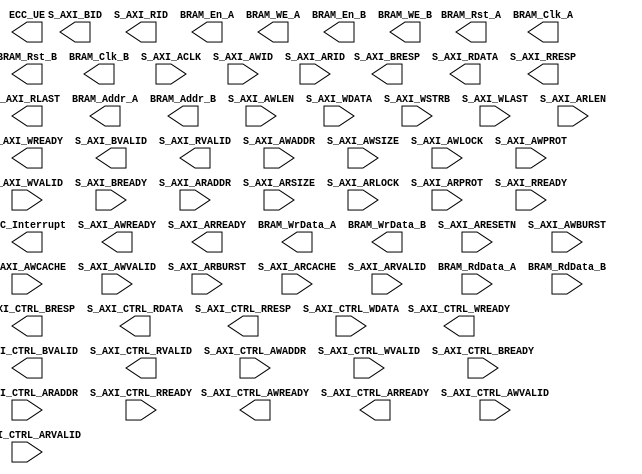
// axi_bram_ctrl.v --- 
// 
// Description: 
// Maintainer: 
// Version: 
// Last-Updated: 
//           By: 
//     Update #: 0
// URL: 
// Keywords: 
// Compatibility: 
// 
// 

// Commentary: 
// 
// 
// 
// 

// Change log:
// 
// 
// 

// -------------------------------------
// Naming Conventions:
// 	active low signals                 : "*_n"
// 	clock signals                      : "clk", "clk_div#", "clk_#x"
// 	reset signals                      : "rst", "rst_n"
// 	generics                           : "C_*"
// 	user defined types                 : "*_TYPE"
// 	state machine next state           : "*_ns"
// 	state machine current state        : "*_cs"
// 	combinatorial signals              : "*_com"
// 	pipelined or register delay signals: "*_d#"
// 	counter signals                    : "*cnt*"
// 	clock enable signals               : "*_ce"
// 	internal version of output port    : "*_i"
// 	device pins                        : "*_pin"
// 	ports                              : - Names begin with Uppercase
// Code:
module axi_bram_ctrl (/*AUTOARG*/
   // Outputs
   ECC_Interrupt, ECC_UE, S_AXI_AWREADY, S_AXI_WREADY, S_AXI_BID,
   S_AXI_BRESP, S_AXI_BVALID, S_AXI_ARREADY, S_AXI_RID, S_AXI_RDATA,
   S_AXI_RRESP, S_AXI_RLAST, S_AXI_RVALID, S_AXI_CTRL_AWREADY,
   S_AXI_CTRL_WREADY, S_AXI_CTRL_BRESP, S_AXI_CTRL_BVALID,
   S_AXI_CTRL_ARREADY, S_AXI_CTRL_RDATA, S_AXI_CTRL_RRESP,
   S_AXI_CTRL_RVALID, BRAM_Rst_A, BRAM_Clk_A, BRAM_En_A, BRAM_WE_A,
   BRAM_Addr_A, BRAM_WrData_A, BRAM_Rst_B, BRAM_Clk_B, BRAM_En_B,
   BRAM_WE_B, BRAM_Addr_B, BRAM_WrData_B,
   // Inputs
   S_AXI_ACLK, S_AXI_ARESETN, S_AXI_AWID, S_AXI_AWADDR, S_AXI_AWLEN,
   S_AXI_AWSIZE, S_AXI_AWBURST, S_AXI_AWLOCK, S_AXI_AWCACHE,
   S_AXI_AWPROT, S_AXI_AWVALID, S_AXI_WDATA, S_AXI_WSTRB, S_AXI_WLAST,
   S_AXI_WVALID, S_AXI_BREADY, S_AXI_ARID, S_AXI_ARADDR, S_AXI_ARLEN,
   S_AXI_ARSIZE, S_AXI_ARBURST, S_AXI_ARLOCK, S_AXI_ARCACHE,
   S_AXI_ARPROT, S_AXI_ARVALID, S_AXI_RREADY, S_AXI_CTRL_AWVALID,
   S_AXI_CTRL_AWADDR, S_AXI_CTRL_WDATA, S_AXI_CTRL_WVALID,
   S_AXI_CTRL_BREADY, S_AXI_CTRL_ARADDR, S_AXI_CTRL_ARVALID,
   S_AXI_CTRL_RREADY, BRAM_RdData_A, BRAM_RdData_B
   );
   parameter C_S_AXI_ADDR_WIDTH = 32;
   parameter C_S_AXI_DATA_WIDTH = 32;
   parameter C_S_AXI_ID_WIDTH   = 4;
   parameter C_S_AXI_PROTOCOL   = "axi4";
   parameter C_S_AXI_SUPPORTS_NARROW_BURST = 0;
   parameter C_SINGLE_PORT_BRAM = 0;
   parameter C_S_AXI_CTRL_ADDR_WIDTH = 32;
   parameter C_S_AXI_CTRL_DATA_WIDTH = 32;
   parameter C_ECC = 0;
   parameter C_FAULT_INJECT = 0;
   parameter C_ECC_ONOFF_RESET_VALUE = 0;

   input S_AXI_ACLK;
   input S_AXI_ARESETN;
   output ECC_Interrupt;
   output ECC_UE;
   
   input  [C_S_AXI_ID_WIDTH-1:0] S_AXI_AWID;
   input  [C_S_AXI_ADDR_WIDTH-1:0] S_AXI_AWADDR;
   input  [7:0] S_AXI_AWLEN;
   input  [2:0] S_AXI_AWSIZE;
   input  [1:0] S_AXI_AWBURST;
   input  S_AXI_AWLOCK;
   input  [3:0] S_AXI_AWCACHE;
   input  [2:0] S_AXI_AWPROT;
   input  S_AXI_AWVALID;
   output S_AXI_AWREADY;
   
   input [C_S_AXI_DATA_WIDTH-1:0] S_AXI_WDATA;
   input [C_S_AXI_DATA_WIDTH/8-1:0] S_AXI_WSTRB;
   input  S_AXI_WLAST;
   
   input  S_AXI_WVALID;
   output S_AXI_WREADY;
   
   output [C_S_AXI_ID_WIDTH-1:0] S_AXI_BID;
   output [1:0] S_AXI_BRESP;
   
   output S_AXI_BVALID;
   input  S_AXI_BREADY;
   
   input  [C_S_AXI_ID_WIDTH-1:0] S_AXI_ARID;
   input  [C_S_AXI_ADDR_WIDTH-1:0] S_AXI_ARADDR;
   input  [7:0] S_AXI_ARLEN;
   input  [2:0] S_AXI_ARSIZE;
   input  [1:0] S_AXI_ARBURST;
   input  S_AXI_ARLOCK;
   input  [3:0] S_AXI_ARCACHE;
   input  [2:0] S_AXI_ARPROT;
   
   input  S_AXI_ARVALID;
   output S_AXI_ARREADY;
   
   output [C_S_AXI_ID_WIDTH-1:0] S_AXI_RID;
   output [C_S_AXI_DATA_WIDTH-1:0] S_AXI_RDATA;
   output [1:0] S_AXI_RRESP;
   output S_AXI_RLAST;
   
   output S_AXI_RVALID;
   input  S_AXI_RREADY;
   
   input  S_AXI_CTRL_AWVALID;
   output S_AXI_CTRL_AWREADY;
   input  [C_S_AXI_CTRL_ADDR_WIDTH-1:0] S_AXI_CTRL_AWADDR;
   
   input  [C_S_AXI_CTRL_DATA_WIDTH-1:0] S_AXI_CTRL_WDATA;
   input  S_AXI_CTRL_WVALID;
   output S_AXI_CTRL_WREADY;
   
   output [1:0] S_AXI_CTRL_BRESP;
   output S_AXI_CTRL_BVALID;
   input  S_AXI_CTRL_BREADY;
   
   input  [C_S_AXI_CTRL_ADDR_WIDTH-1:0] S_AXI_CTRL_ARADDR;
   input  S_AXI_CTRL_ARVALID;
   output S_AXI_CTRL_ARREADY;
   
   output [C_S_AXI_CTRL_DATA_WIDTH-1:0] S_AXI_CTRL_RDATA;
   output [1:0] S_AXI_CTRL_RRESP ;
   output S_AXI_CTRL_RVALID;
   input  S_AXI_CTRL_RREADY;
   
   output BRAM_Rst_A;
   output BRAM_Clk_A;
   output BRAM_En_A;
   output [C_S_AXI_DATA_WIDTH/8 + C_ECC*(1+(C_S_AXI_DATA_WIDTH/128))-1:0] BRAM_WE_A;
   output [C_S_AXI_ADDR_WIDTH-1:0] BRAM_Addr_A;
   output [C_S_AXI_DATA_WIDTH+C_ECC*8*(1+(C_S_AXI_DATA_WIDTH/128))-1:0] BRAM_WrData_A;
   input  [C_S_AXI_DATA_WIDTH+C_ECC*8*(1+(C_S_AXI_DATA_WIDTH/128))-1:0] BRAM_RdData_A;
	
   output BRAM_Rst_B;
   output BRAM_Clk_B;
   output BRAM_En_B;
   output [C_S_AXI_DATA_WIDTH/8 + C_ECC*(1+(C_S_AXI_DATA_WIDTH/128))-1:0] BRAM_WE_B;
   output [C_S_AXI_ADDR_WIDTH-1:0] BRAM_Addr_B;
   output [C_S_AXI_DATA_WIDTH+C_ECC*8*(1+(C_S_AXI_DATA_WIDTH/128))-1:0] BRAM_WrData_B;
   input  [C_S_AXI_DATA_WIDTH+C_ECC*8*(1+(C_S_AXI_DATA_WIDTH/128))-1:0] BRAM_RdData_B;	     
   
endmodule
// 
// axi_bram_ctrl.v ends here